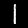
Digit: 1